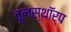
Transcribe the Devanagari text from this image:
वूलस्थॉर्प